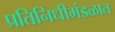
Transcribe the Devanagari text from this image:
प्रतिनिधीमंडळात